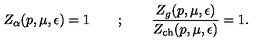
Z _ { \alpha } ( p , \mu , \epsilon ) = 1 \qquad ; \qquad \frac { Z _ { g } ( p , \mu , \epsilon ) } { Z _ { \mathrm { c h } } ( p , \mu , \epsilon ) } = 1 .